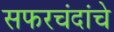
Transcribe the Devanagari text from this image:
सफरचंदांचे